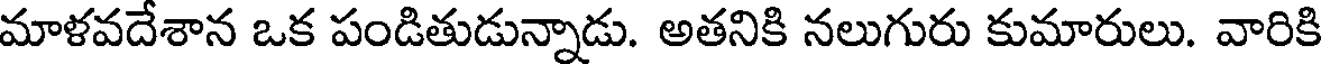
మాళవదేశాన ఒక పండితుడున్నాడు. అతనికి నలుగురు కుమారులు. వారికి